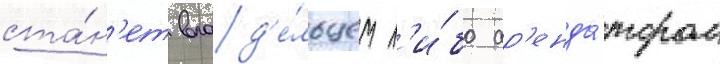
ста́н'ет влад'е́льцем л'и́бо ар'енда́тором